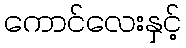
ကောင်လေးနှင့်